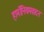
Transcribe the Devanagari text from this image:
हार्मोनियमवादन